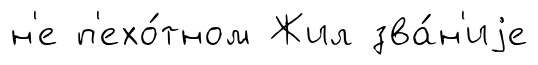
н'е п'ехо́тном Жил зва́н'иjе